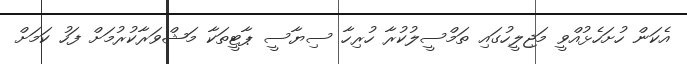
އެކަން ހުށަހެޅުއްވީ މަޖިލީހުގައި ތަމްސީލުކުރާ ހުރިހާ ސިޔާސީ ޕާޓީތަކާ މަޝްވަރާކުރުމަށް ފަހު ކަމަށް